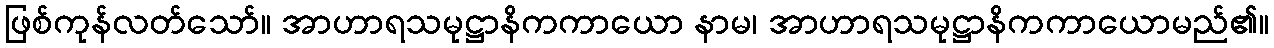
ဖြစ်ကုန်လတ်သော်။ အာဟာရသမုဋ္ဌာနိကကာယော နာမ၊ အာဟာရသမုဋ္ဌာနိကကာယောမည်၏။